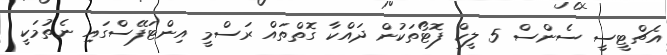
އެޗްޓީސީ ސެންސް 5 ލީކް ފޮޓޯތަކުން ދައްކާ ގޮތްތައް ރަސްމީ އިންޓަފޭސްގައި ނެތުމަކީ